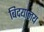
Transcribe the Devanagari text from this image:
बिदयालय